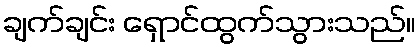
ချက်ချင်း ရှောင်ထွက်သွားသည်။